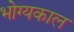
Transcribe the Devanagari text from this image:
भोग्यकाल